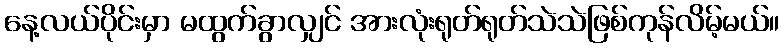
နေ့လယ်ပိုင်းမှာ မထွက်ခွာလျှင် အားလုံးရုတ်ရုတ်သဲသဲဖြစ်ကုန်လိမ့်မယ်။